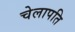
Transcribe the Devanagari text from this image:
चेलापति